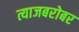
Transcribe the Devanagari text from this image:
त्याजबरोबर